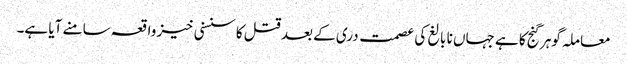
معاملہ گوہر گنج کا ہے جہاں نا بالغ کی عصمت دری کے بعد قتل کا سنسنی خیز واقعہ سامنے آیا ہے۔